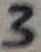
Text: 3